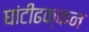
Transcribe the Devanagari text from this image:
घांटीढक्कन